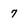
Character: 7